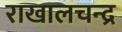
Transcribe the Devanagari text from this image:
राखालचन्द्र